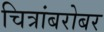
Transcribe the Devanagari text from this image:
चित्रांबरोबर